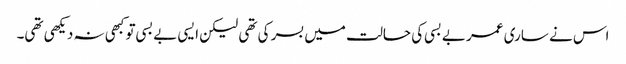
اس نے ساری عمر بے بسی کی حالت میں بسر کی تھی لیکن ایسی بے بسی تو کبھی نہ دیکھی تھی۔